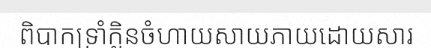
ពិបាកទ្រាំក្លិនចំហាយសាយភាយដោយសារ